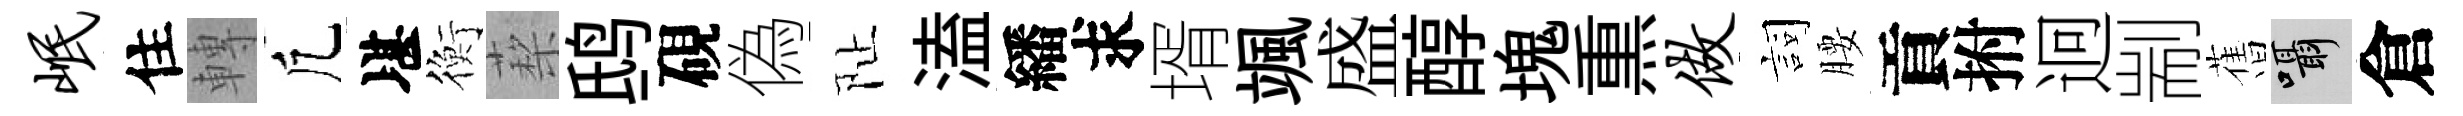
岷住轉凢堪衡蔾鸱硯偽阯溘繙求壻颯盛醇塊𤋱做詞腰貢拊迥剬𦾔囁倉